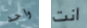
واحد انت